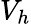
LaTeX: V_{h}